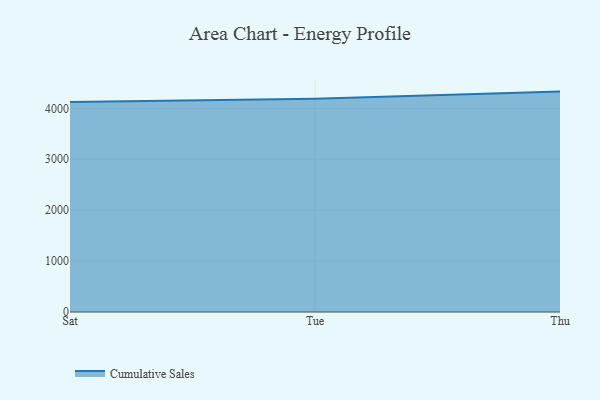
{"axis": {"x": "Day", "y": "Active Users"}, "legend": ["Cumulative Sales"], "data": [{"x": "Sat", "y": 4125.3, "type": "Cumulative Sales"}, {"x": "Tue", "y": 4189.3, "type": "Cumulative Sales"}, {"x": "Thu", "y": 4328.7, "type": "Cumulative Sales"}]}